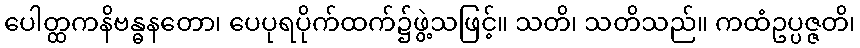
ပေါတ္ထကနိဗန္ဓနတော၊ ပေပုရပိုက်ထက်၌ဖွဲ့သဖြင့်။ သတိ၊ သတိသည်။ ကထံဥပ္ပဇ္ဇတိ၊